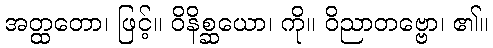
အတ္ထတော၊ ဖြင့်။ ဝိနိစ္ဆယော၊ ကို။ ဝိညာတဗ္ဗော၊ ၏။